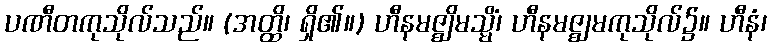
ပဏီတကုသိုလ်သည်။ (အတ္ထိ၊ ရှိ၏။) ဟီနမဇ္ဈိမသ္မိံ၊ ဟီနမဇ္ဈမကုသိုလ်၌။ ဟီနံ၊